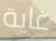
غاية